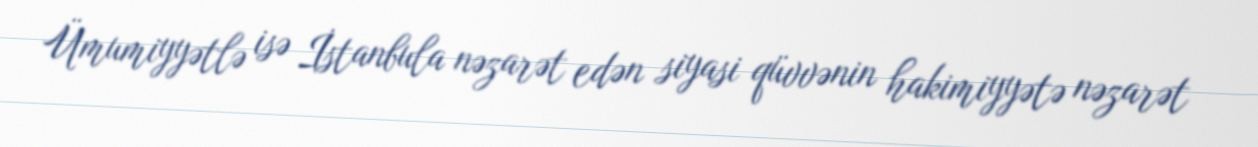
Ümumiyyətlə isə İstanbula nəzarət edən siyasi qüvvənin hakimiyyətə nəzarət